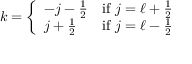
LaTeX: k = { \left\{ \begin{array} { l l } { - j - { \frac { 1 } { 2 } } } & { { \mathrm { i f ~ } } j = \ell + { \frac { 1 } { 2 } } } \\ { j + { \frac { 1 } { 2 } } } & { { \mathrm { i f ~ } } j = \ell - { \frac { 1 } { 2 } } } \end{array} \right. }